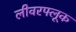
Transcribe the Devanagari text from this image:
लीवरफ्लूक